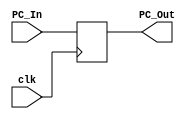
`timescale 1ns / 1ps
module ProgramCounter( clk, PC_In, PC_Out );
   input             clk;
   input      [31:0] PC_In;
   output reg [31:0] PC_Out;

   always@( posedge clk )
      PC_Out <= PC_In;

endmodule